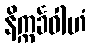
နိက္ကင်္ခဝါဟံ